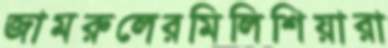
জামরুলেরমিলিশিয়ারা